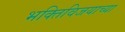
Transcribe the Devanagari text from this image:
भक्तिविजयाच्या